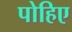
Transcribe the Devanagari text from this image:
पोहिए